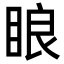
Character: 䀶